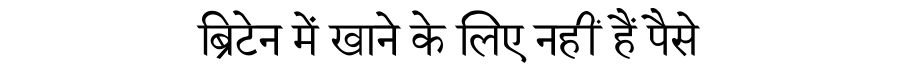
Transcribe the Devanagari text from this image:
ब्रिटेन में खाने के लिए नहीं हैं पैसे